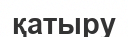
қатыру